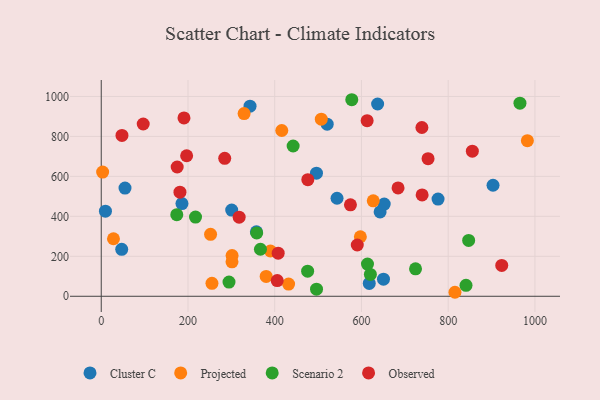
{"axis": {"x": "Price", "y": "Profit"}, "legend": ["Cluster C", "Observed", "Projected", "Scenario 2"], "data": [{"x": "643.0", "y": 422.3, "type": "Cluster C"}, {"x": "650.8", "y": 85.8, "type": "Cluster C"}, {"x": "903.4", "y": 555.6, "type": "Cluster C"}, {"x": "47.2", "y": 235.1, "type": "Cluster C"}, {"x": "543.7", "y": 490.5, "type": "Cluster C"}, {"x": "54.8", "y": 541.5, "type": "Cluster C"}, {"x": "618.0", "y": 64.2, "type": "Cluster C"}, {"x": "186.1", "y": 463.8, "type": "Cluster C"}, {"x": "521.0", "y": 861.5, "type": "Cluster C"}, {"x": "776.6", "y": 486.6, "type": "Cluster C"}, {"x": "652.5", "y": 461.2, "type": "Cluster C"}, {"x": "357.8", "y": 322.8, "type": "Cluster C"}, {"x": "343.1", "y": 951.6, "type": "Cluster C"}, {"x": "637.3", "y": 962.4, "type": "Cluster C"}, {"x": "496.3", "y": 615.9, "type": "Cluster C"}, {"x": "9.7", "y": 425.9, "type": "Cluster C"}, {"x": "300.8", "y": 431.2, "type": "Cluster C"}, {"x": "627.2", "y": 477.7, "type": "Projected"}, {"x": "252.1", "y": 310.1, "type": "Projected"}, {"x": "507.4", "y": 886.5, "type": "Projected"}, {"x": "416.3", "y": 829.7, "type": "Projected"}, {"x": "380.3", "y": 99.2, "type": "Projected"}, {"x": "301.7", "y": 203.7, "type": "Projected"}, {"x": "301.5", "y": 172.4, "type": "Projected"}, {"x": "390.2", "y": 226.5, "type": "Projected"}, {"x": "28.2", "y": 287.8, "type": "Projected"}, {"x": "597.5", "y": 297.9, "type": "Projected"}, {"x": "3.2", "y": 621.8, "type": "Projected"}, {"x": "329.4", "y": 914.2, "type": "Projected"}, {"x": "255.3", "y": 64.9, "type": "Projected"}, {"x": "815.6", "y": 20.0, "type": "Projected"}, {"x": "982.6", "y": 778.5, "type": "Projected"}, {"x": "432.0", "y": 61.0, "type": "Projected"}, {"x": "724.7", "y": 137.6, "type": "Scenario 2"}, {"x": "442.5", "y": 752.1, "type": "Scenario 2"}, {"x": "217.4", "y": 396.6, "type": "Scenario 2"}, {"x": "965.5", "y": 966.2, "type": "Scenario 2"}, {"x": "577.7", "y": 983.7, "type": "Scenario 2"}, {"x": "847.2", "y": 279.5, "type": "Scenario 2"}, {"x": "294.6", "y": 71.1, "type": "Scenario 2"}, {"x": "620.6", "y": 109.4, "type": "Scenario 2"}, {"x": "174.2", "y": 408.2, "type": "Scenario 2"}, {"x": "496.4", "y": 35.4, "type": "Scenario 2"}, {"x": "841.1", "y": 54.9, "type": "Scenario 2"}, {"x": "358.5", "y": 317.2, "type": "Scenario 2"}, {"x": "613.9", "y": 161.0, "type": "Scenario 2"}, {"x": "475.9", "y": 125.4, "type": "Scenario 2"}, {"x": "367.1", "y": 235.3, "type": "Scenario 2"}, {"x": "739.4", "y": 844.7, "type": "Observed"}, {"x": "175.1", "y": 646.9, "type": "Observed"}, {"x": "318.0", "y": 395.9, "type": "Observed"}, {"x": "684.4", "y": 542.3, "type": "Observed"}, {"x": "196.9", "y": 703.4, "type": "Observed"}, {"x": "284.7", "y": 690.4, "type": "Observed"}, {"x": "181.5", "y": 520.8, "type": "Observed"}, {"x": "613.1", "y": 878.7, "type": "Observed"}, {"x": "405.8", "y": 78.8, "type": "Observed"}, {"x": "753.6", "y": 688.6, "type": "Observed"}, {"x": "574.6", "y": 457.6, "type": "Observed"}, {"x": "923.5", "y": 154.4, "type": "Observed"}, {"x": "590.4", "y": 256.6, "type": "Observed"}, {"x": "408.0", "y": 215.7, "type": "Observed"}, {"x": "739.9", "y": 507.1, "type": "Observed"}, {"x": "96.8", "y": 862.1, "type": "Observed"}, {"x": "476.3", "y": 583.5, "type": "Observed"}, {"x": "855.7", "y": 726.4, "type": "Observed"}, {"x": "190.8", "y": 892.6, "type": "Observed"}, {"x": "47.8", "y": 805.1, "type": "Observed"}]}